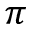
\pi